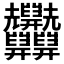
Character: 𦧄